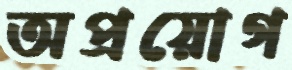
অপ্রয়োগ